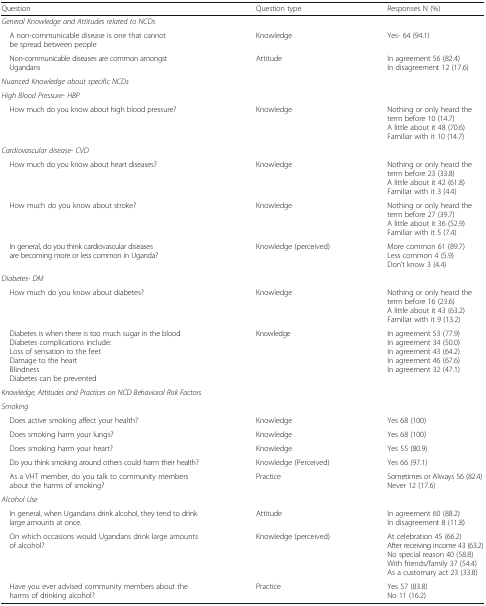
<table><thead><tr><td><b>Question</b></td><td><b>Question type</b></td><td><b>Responses N (%)</b></td></tr></thead><tbody><tr><td colspan="3"><i>General Knowledge and Attitudes related to NCDs</i></td></tr><tr><td> A non-communicable disease is one that cannot be spread between people</td><td>Knowledge</td><td>Yes- 64 (94.1)</td></tr><tr><td> Non-communicable diseases are common amongst Ugandans</td><td>Attitude</td><td>In agreement 56 (82.4)In disagreement 12 (17.6)</td></tr><tr><td colspan="3"><i>Nuanced Knowledge about specific NCDs</i></td></tr><tr><td colspan="3"><i>High Blood Pressure- HBP</i></td></tr><tr><td> How much do you know about high blood pressure?</td><td>Knowledge</td><td>Nothing or only heard the term before 10 (14.7)A little about it 48 (70.6)Familiar with it 10 (14.7)</td></tr><tr><td colspan="3"><i>Cardiovascular disease- CVD</i></td></tr><tr><td> How much do you know about heart diseases?</td><td>Knowledge</td><td>Nothing or only heard the term before 23 (33.8)A little about it 42 (61.8)Familiar with it 3 (4.4)</td></tr><tr><td> How much do you know about stroke?</td><td>Knowledge</td><td>Nothing or only heard the term before 27 (39.7)A little about it 36 (52.9)Familiar with it 5 (7.4)</td></tr><tr><td> In general, do you think cardiovascular diseases are becoming more or less common in Uganda?</td><td>Knowledge (perceived)</td><td>More common 61 (89.7)Less common 4 (5.9)Don’t know 3 (4.4)</td></tr><tr><td colspan="3"><i>Diabetes- DM</i></td></tr><tr><td> How much do you know about diabetes?</td><td>Knowledge</td><td>Nothing or only heard the term before 16 (23.6)A little about it 43 (63.2)Familiar with it 9 (13.2)</td></tr><tr><td> Diabetes is when there is too much sugar in the blood Diabetes complications include: Loss of sensation to the feet Damage to the heart Blindness Diabetes can be prevented</td><td>Knowledge</td><td>In agreement 53 (77.9)In agreement 34 (50.0)In agreement 43 (64.2)In agreement 46 (67.6)In agreement 32 (47.1)</td></tr><tr><td colspan="3"><i>Knowledge, Attitudes and Practices on NCD Behavioral Risk Factors</i></td></tr><tr><td colspan="3"><i>Smoking</i></td></tr><tr><td> Does active smoking affect your health?</td><td>Knowledge</td><td>Yes 68 (100)</td></tr><tr><td> Does smoking harm your lungs?</td><td>Knowledge</td><td>Yes 68 (100)</td></tr><tr><td> Does smoking harm your heart?</td><td>Knowledge</td><td>Yes 55 (80.9)</td></tr><tr><td> Do you think smoking around others could harm their health?</td><td>Knowledge (Perceived)</td><td>Yes 66 (97.1)</td></tr><tr><td> As a VHT member, do you talk to community members about the harms of smoking?</td><td>Practice</td><td>Sometimes or Always 56 (82.4)Never 12 (17.6)</td></tr><tr><td colspan="3"><i>Alcohol Use</i></td></tr><tr><td> In general, when Ugandans drink alcohol, they tend to drink large amounts at once.</td><td>Attitude</td><td>In agreement 60 (88.2)In disagreement 8 (11.8)</td></tr><tr><td> On which occasions would Ugandans drink large amounts of alcohol?</td><td>Knowledge (perceived)</td><td>At celebration 45 (66.2)After receiving income 43 (63.2)No special reason 40 (58.8)With friends/family 37 (54.4)As a customary act 23 (33.8)</td></tr><tr><td> Have you ever advised community members about the harms of drinking alcohol?</td><td>Practice</td><td>Yes 57 (83.8)No 11 (16.2)</td></tr></tbody></table>